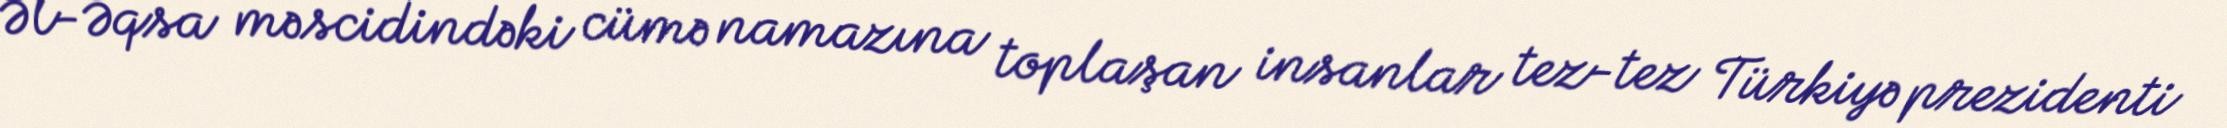
Əl-Əqsa məscidindəki cümə namazına toplaşan insanlar tez-tez Türkiyə prezidenti